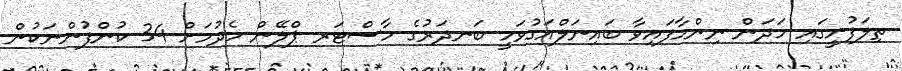
ތިލަފުށީގައި ހަދަން ނިންމާފައިވާ ބައިނަލްއަގުވަމީ ބަނދަރުގެ މާސްޓަރ ޕްލޭން ހެދުމަށް 34 ކުންފުންނަކުން